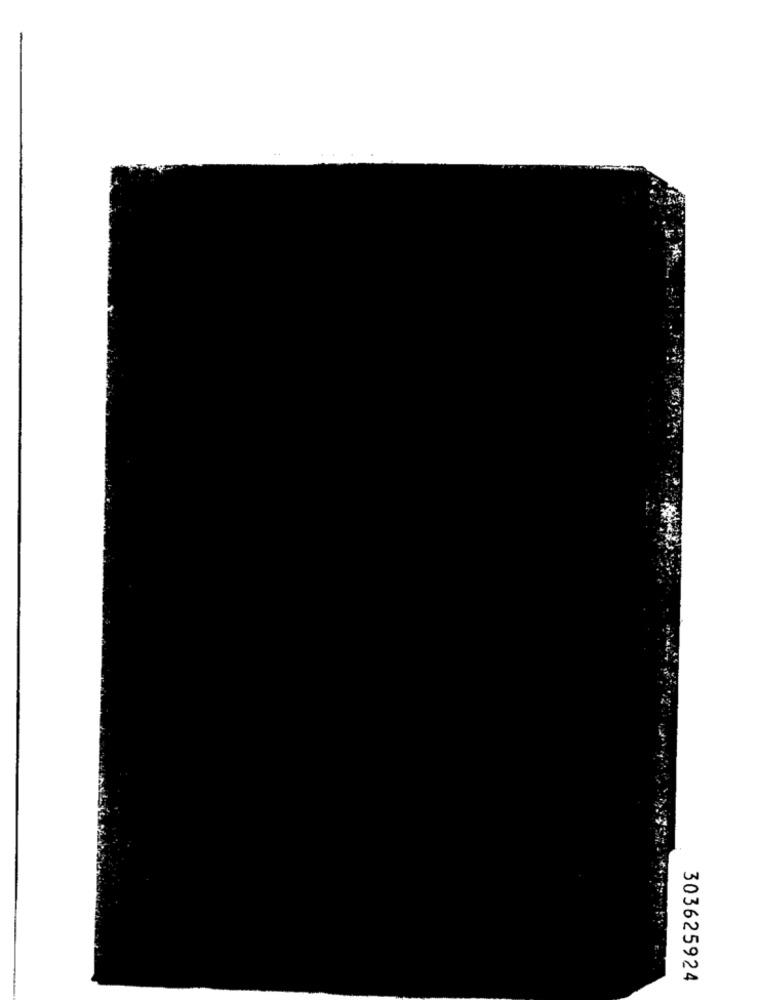
303625924